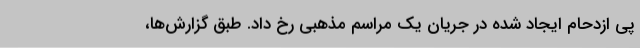
پی ازدحام ایجاد شده در جریان یک مراسم مذهبی رخ داد. طبق گزارش‌ها،